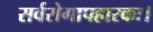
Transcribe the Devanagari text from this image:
सर्वरोगापहारकः।